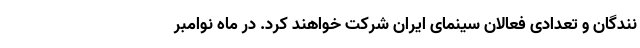
نندگان و تعدادی فعالان سینمای ایران شرکت خواهند کرد. در ماه نوامبر